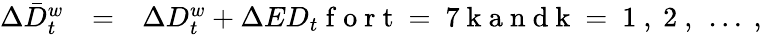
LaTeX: \begin{array}{rcl}{\Delta\bar{D}_{t}^{w}}&{=}&{\Delta D_{t}^{w}+\Delta ED_{t}\mathrm{~f~o~r~t~=~7~k~a~n~d~k~=~1~,~2~,~\dots~},}\end{array}